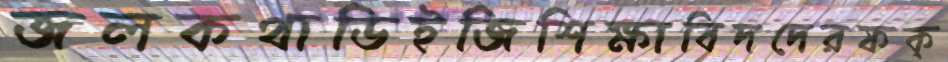
জলকথাডিইজিশিক্ষাবিদদেরফক্